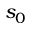
s _ { 0 }